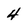
Character: 4